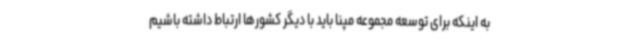
به اینکه برای توسعه مجموعه مپنا باید با دیگر کشورها ارتباط داشته باشیم